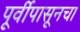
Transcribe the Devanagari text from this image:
पूर्वीपासूनचा